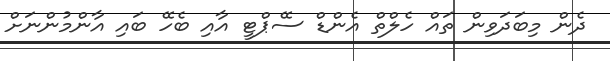
ދެން މިބަދަވިން ތައް ހެލްތް އެންޑް ސޭޕްޓީ އާއި ބެހޭ ބައި އާންމުންނަށް